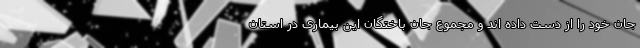
جان خود را از دست داده اند و مجموع جان باختگان این بیماری در استان